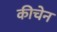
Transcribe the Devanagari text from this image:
कीचेन